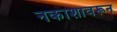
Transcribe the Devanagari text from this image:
नकाशावरून